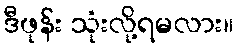
ဒီဖုန်း သုံးလို့ရမလား။